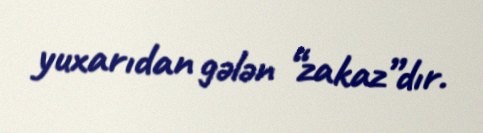
yuxarıdan gələn “zakaz”dır.